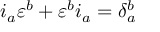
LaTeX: i _ { a } \varepsilon ^ { b } + \varepsilon ^ { b } i _ { a } = \delta _ { a } ^ { b }